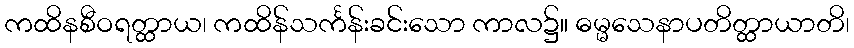
ကထိနစီဝရတ္ထာယ၊ ကထိန်သင်္ကန်းခင်းသော ကာလ၌။ ဓမ္မသေနာပတိတ္ထာယာတိ၊